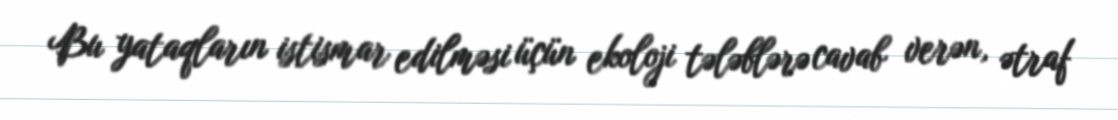
Bu yataqların istismar edilməsi üçün ekoloji tələblərə cavab verən, ətraf